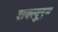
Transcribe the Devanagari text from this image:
शक्त्युद्गम